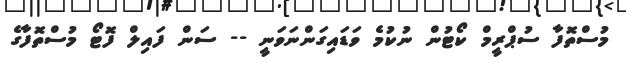
މުސްތޮފާ ސުޕްރީމް ކޯޓުން ނުކުމެ ވަޑައިގަންނަވަނީ -- ސަން ފައިލް ފޮޓޯ މުސްތޮފާގެ